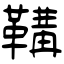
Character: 鞲